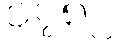
၁၇၈၂